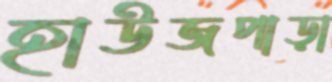
হাউজপাড়া